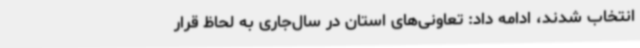
انتخاب شدند، ادامه داد: تعاونی‌های استان در سال‌جاری به لحاظ قرار